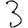
Digit: 3